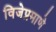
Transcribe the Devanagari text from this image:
विजेप्रमाणे